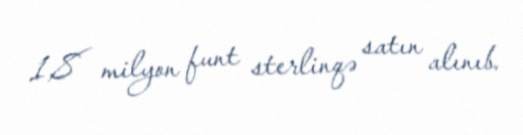
1,8 milyon funt sterlinqə satın alınıb.